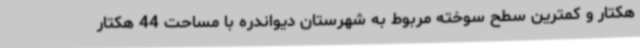
هکتار و کمترین سطح سوخته مربوط به شهرستان دیواندره با مساحت 44 هکتار